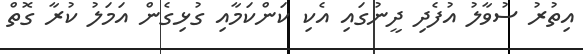
އިތުރު ސުވާލު އުފެދި ދީނުގައި އެކި ކަންކަމާއި ގުޅިގެން އަމަލު ކުރާ ގޮތް